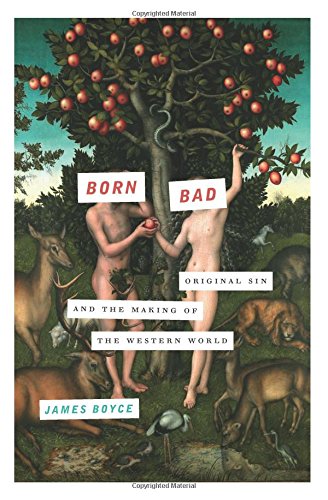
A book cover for Born Bad: Original Sin and the Making of the Western World; James Boyce; Christian Books & Bibles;